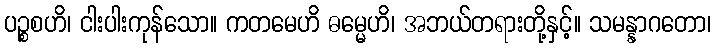
ပဉ္စစဟိ၊ ငါးပါးကုန်သော။ ကတမေဟိ ဓမ္မေဟိ၊ အဘယ်တရားတို့နှင့်။ သမန္နာဂတော၊